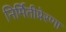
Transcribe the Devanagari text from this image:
निर्मितीप्रेरणा